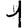
Digit: 1